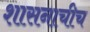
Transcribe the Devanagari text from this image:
शासनाचीच